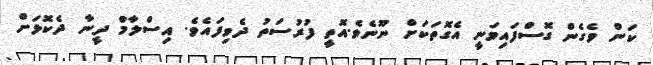
ކަން ވެގެން ގޮސްފައިވަނީ އެގޮތަކަށް ނޫނެވެ.އޮތީ ފުރުސަތު ދެވިފައެވެ. އިސްލާމް ދީނާ ދެކޮޅަށް